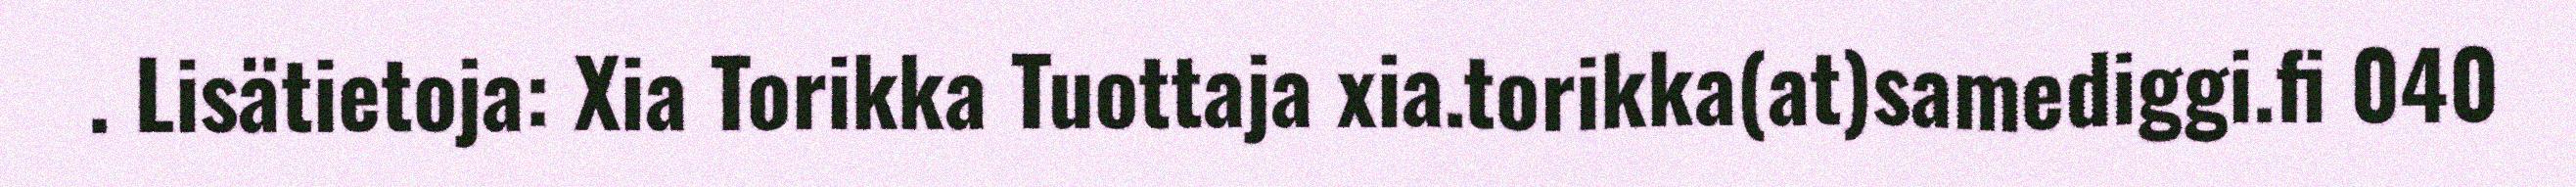
. Lisätietoja: Xia Torikka Tuottaja xia.torikka(at)samediggi.fi 040